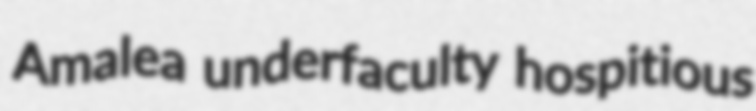
Amalea underfaculty hospitious